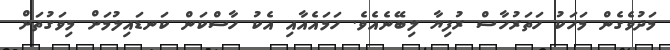
މަދުވެގެން މަހަކު ހަތަރުހާސް ރުފިޔާ ލިބޭނެއެވެ. ހަމައެއާއި އެކު ހާސްކަން ކަނޑައިލުމަށް މިވަގުތަށް